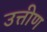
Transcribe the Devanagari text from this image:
उत्तीण